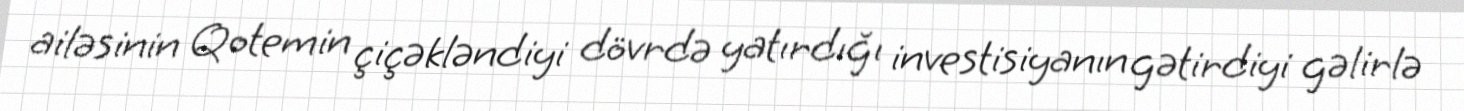
ailəsinin Qotemin çiçəkləndiyi dövrdə yatırdığı investisiyanın gətirdiyi gəlirlə